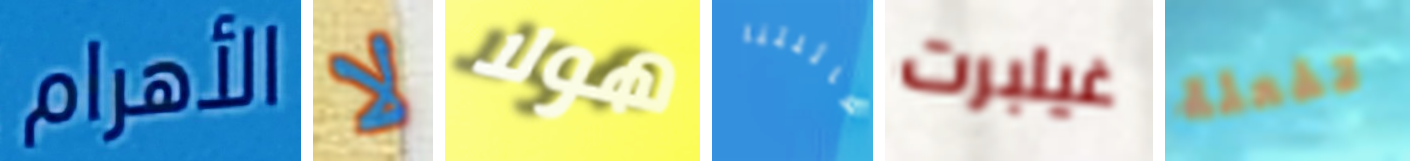
الأهرام لا هولا لعائلتنا غيلبرت تفعلة